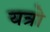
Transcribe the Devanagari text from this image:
यत्रो